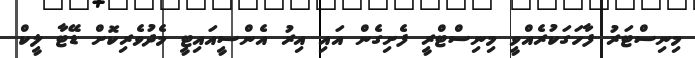
މިނިސްޓަރު ފާހަގަކުރެއްވީ މިނިސްޓްރީ ފެށިގެން އައި އިރު އެންސީއައިޓީ މެދުވެރިކޮށް ޑޭޓާ ލީކް